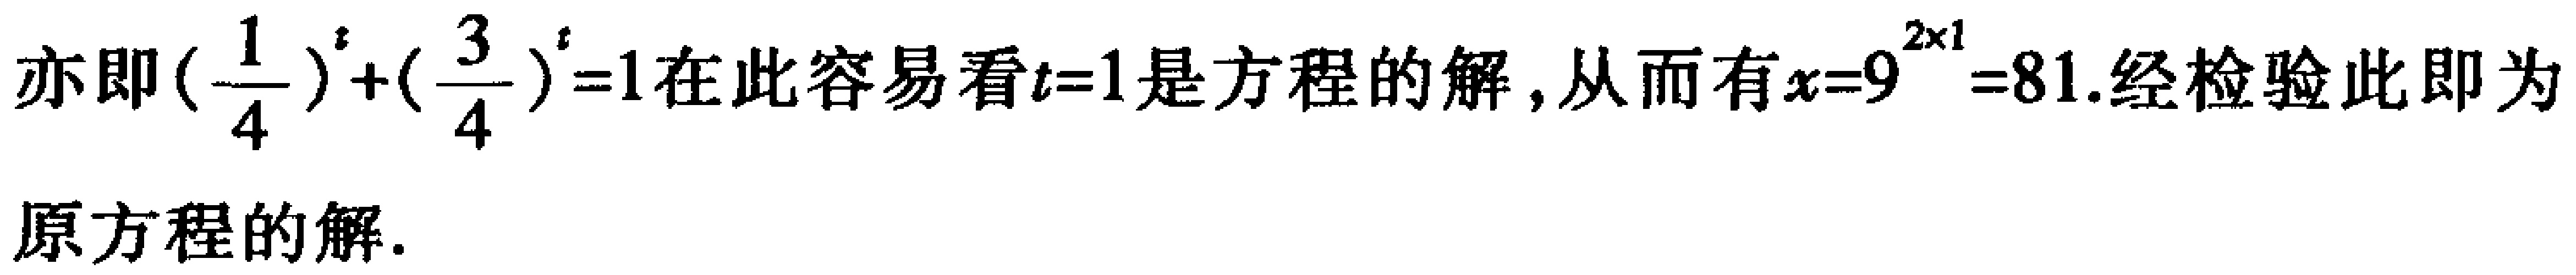
亦即\((\frac{1}{4})^{t}+(\frac{3}{4})^{t}=1\)在此容易看\(t = 1\)是方程的解，从而有\(x = 9^{2\times1}=81\).经检验此即为
原方程的解.